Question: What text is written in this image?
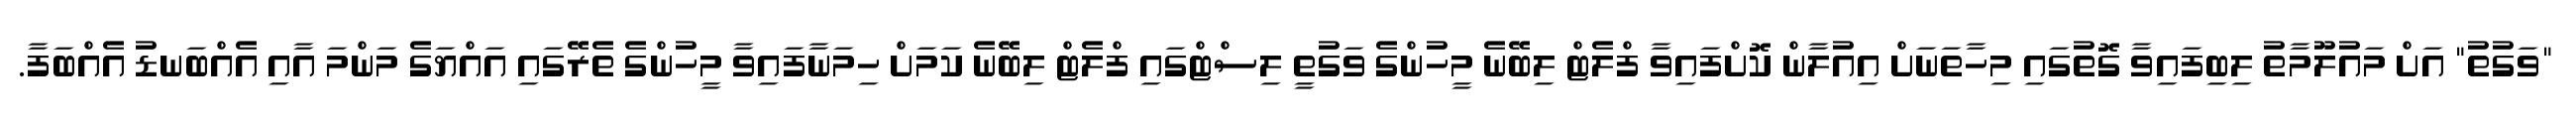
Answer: "ވަގުތު" އަށް މައުލޫމާތު ލިބިފައިވާ ގޮތުގައި މިހާތަނަށް އިއުލާން ކޮށްފައިވާ ފްލެޓް ލިބޭނެ މީހުންގެ ވަގުތީ ލިސްޓްގައި ފްލެޓް ލިބޭނެ ކަމަށް ހިމަނާފައިވާ މީހުންގެ ތެރޭގައި އައްޔަގެ މަންމަ އާއި އެއްބަނޑު އެއްބަފާ.